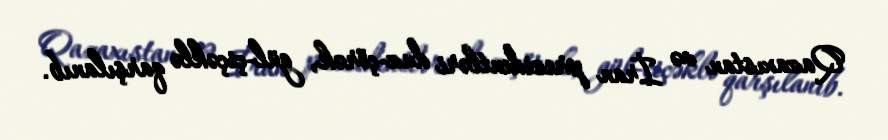
Qazaxıstan və İran prezidentləri duz-çörək, gül-çiçəklə qarşılanıb.